Indian Medical Review
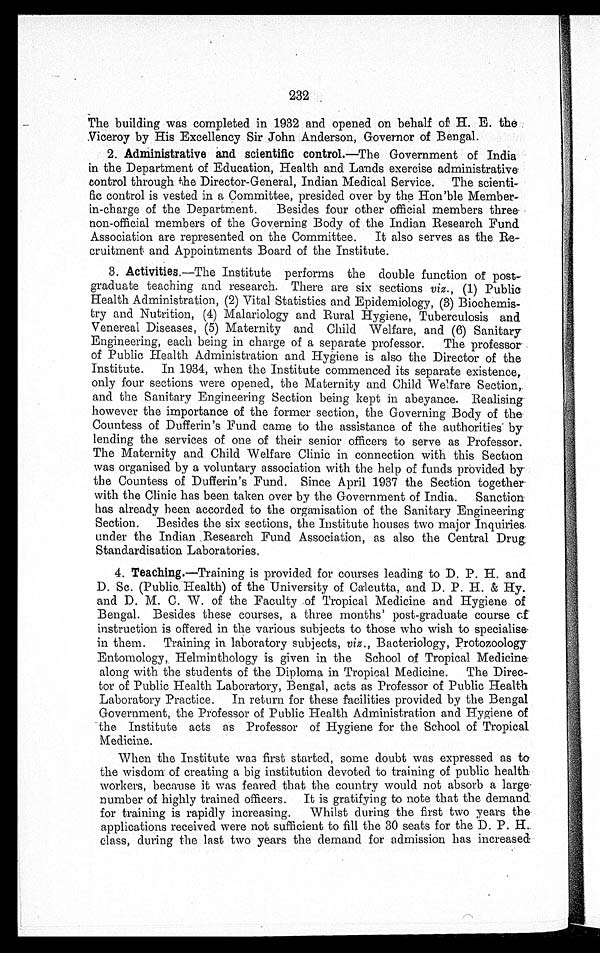
232
The building was completed in 1932 and opened on behalf of H. E. the
Viceroy by His Excellency Sir John Anderson, Governor of Bengal.
2. Administrative and scientific control.—The Government of India
in the Department of Education, Health and Lands exercise administrative
control through the Director-General, Indian Medical Service. The scienti
-fic control is vested in a Committee, presided over by the Hon'ble Member-
in-charge of the Department. Besides four other official members three
non-official members of the Governing Body of the Indian Research Fund
Association are represented on the Committee. It also serves as the Re-
-cruitment and Appointments Board of the Institute.
3. Activities.—The Institute performs the double function of post-
graduate teaching and research. There are six sections viz., (1) Public
Health Administration, (2) Vital Statistics and Epidemiology, (3) Biochemis-
-try and Nutrition, (4) Malariology and Rural Hygiene, Tuberculosis and
Venereal Diseases, (5) Maternity and Child Welfare, and (6) Sanitary
Engineering, each being in charge of a separate professor. The professor
of Public Health Administration and Hygiene is also the Director of the
Institute. In 1934, when the Institute commenced its separate existence,
only four sections were opened, the Maternity and Child Welfare Section,
and the Sanitary Engineering Section being kept in abeyance. Realising
however the importance of the former section, the Governing Body of the
Countess of Dufferin's Fund came to the assistance of the authorities by
lending the services of one of their senior officers to serve as Professor.
The Maternity and Child Welfare Clinic in connection with this Section
was organised by a voluntary association with the help of funds provided by
the Countess of Dufferin's Fund. Since April 1937 the Section together
with the Clinic has been taken over by the Government of India. Sanction
has already been accorded to the organisation of the Sanitary Engineering
Section. Besides the six sections, the Institute houses two major Inquiries
under the Indian Research Fund Association, as also the Central Drug
Standardisation Laboratories.
4. Teaching.—Training is provided for courses leading to D. P. H. and
D. Sc. (Public Health) of the University of Calcutta, and D. P. H. & Hy.
and D. M. C. W. of the Faculty of Tropical Medicine and Hygiene of
Bengal. Besides these courses, a three months' post-graduate course of
instruction is offered in the various subjects to those who wish to specialise
in them. Training in laboratory subjects, viz ., Bacteriology, Protozoology
Entomology, Helminthology is given in the School of Tropical Medicine
along with the students of the Diploma in Tropical Medicine. The Direc--
tor of Public Health Laboratory, Bengal, acts as Professor of Public Health
Laboratory Practice. In return for these facilities provided by the Bengal
Government, the Professor of Public Health Administration and Hygiene of
the Institute acts as Professor of Hygiene for the School of Tropical
Medicine.
When the Institute was first started, some doubt was expressed as to
the wisdom of creating a big institution devoted to training of public health
workers, because it was feared that the country would not absorb a large
number of highly trained officers. It is gratifying to note that the demand
for training is rapidly increasing. Whilst during the first two years the
applications received were not sufficient to fill the 30 seats for the D. P. H.
class, during the last two years the demand for admission has increased